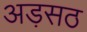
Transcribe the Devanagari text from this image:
अड़सठ